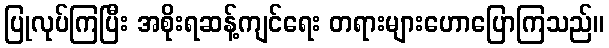
ပြုလုပ်ကြပြီး အစိုးရဆန့်ကျင်ရေး တရားများဟောပြောကြသည်။